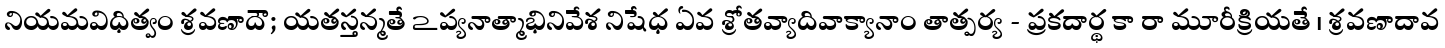
నియమవిధిత్వం శ్రవణాదౌ; యతస్తన్మతే ఽప్యనాత్మాభినివేశ నిషేధ ఏవ శ్రోతవ్యాదివాక్యానాం తాత్పర్య - ప్రకదార్థ కా రా మూరీక్రియతే । శ్రవణాదావ